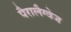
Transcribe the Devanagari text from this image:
पैरालैग्वेज